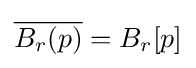
{\overline {B_{r}(p)}}=B_{r}[p]